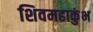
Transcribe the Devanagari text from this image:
शिवमहाकुंभ